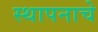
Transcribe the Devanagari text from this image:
स्थापनाचे